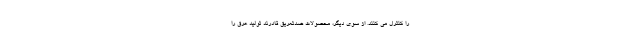
را کنترل می کنند. از سوی دیگر، محصولات ضدتعریق قادرند تولید عرق را